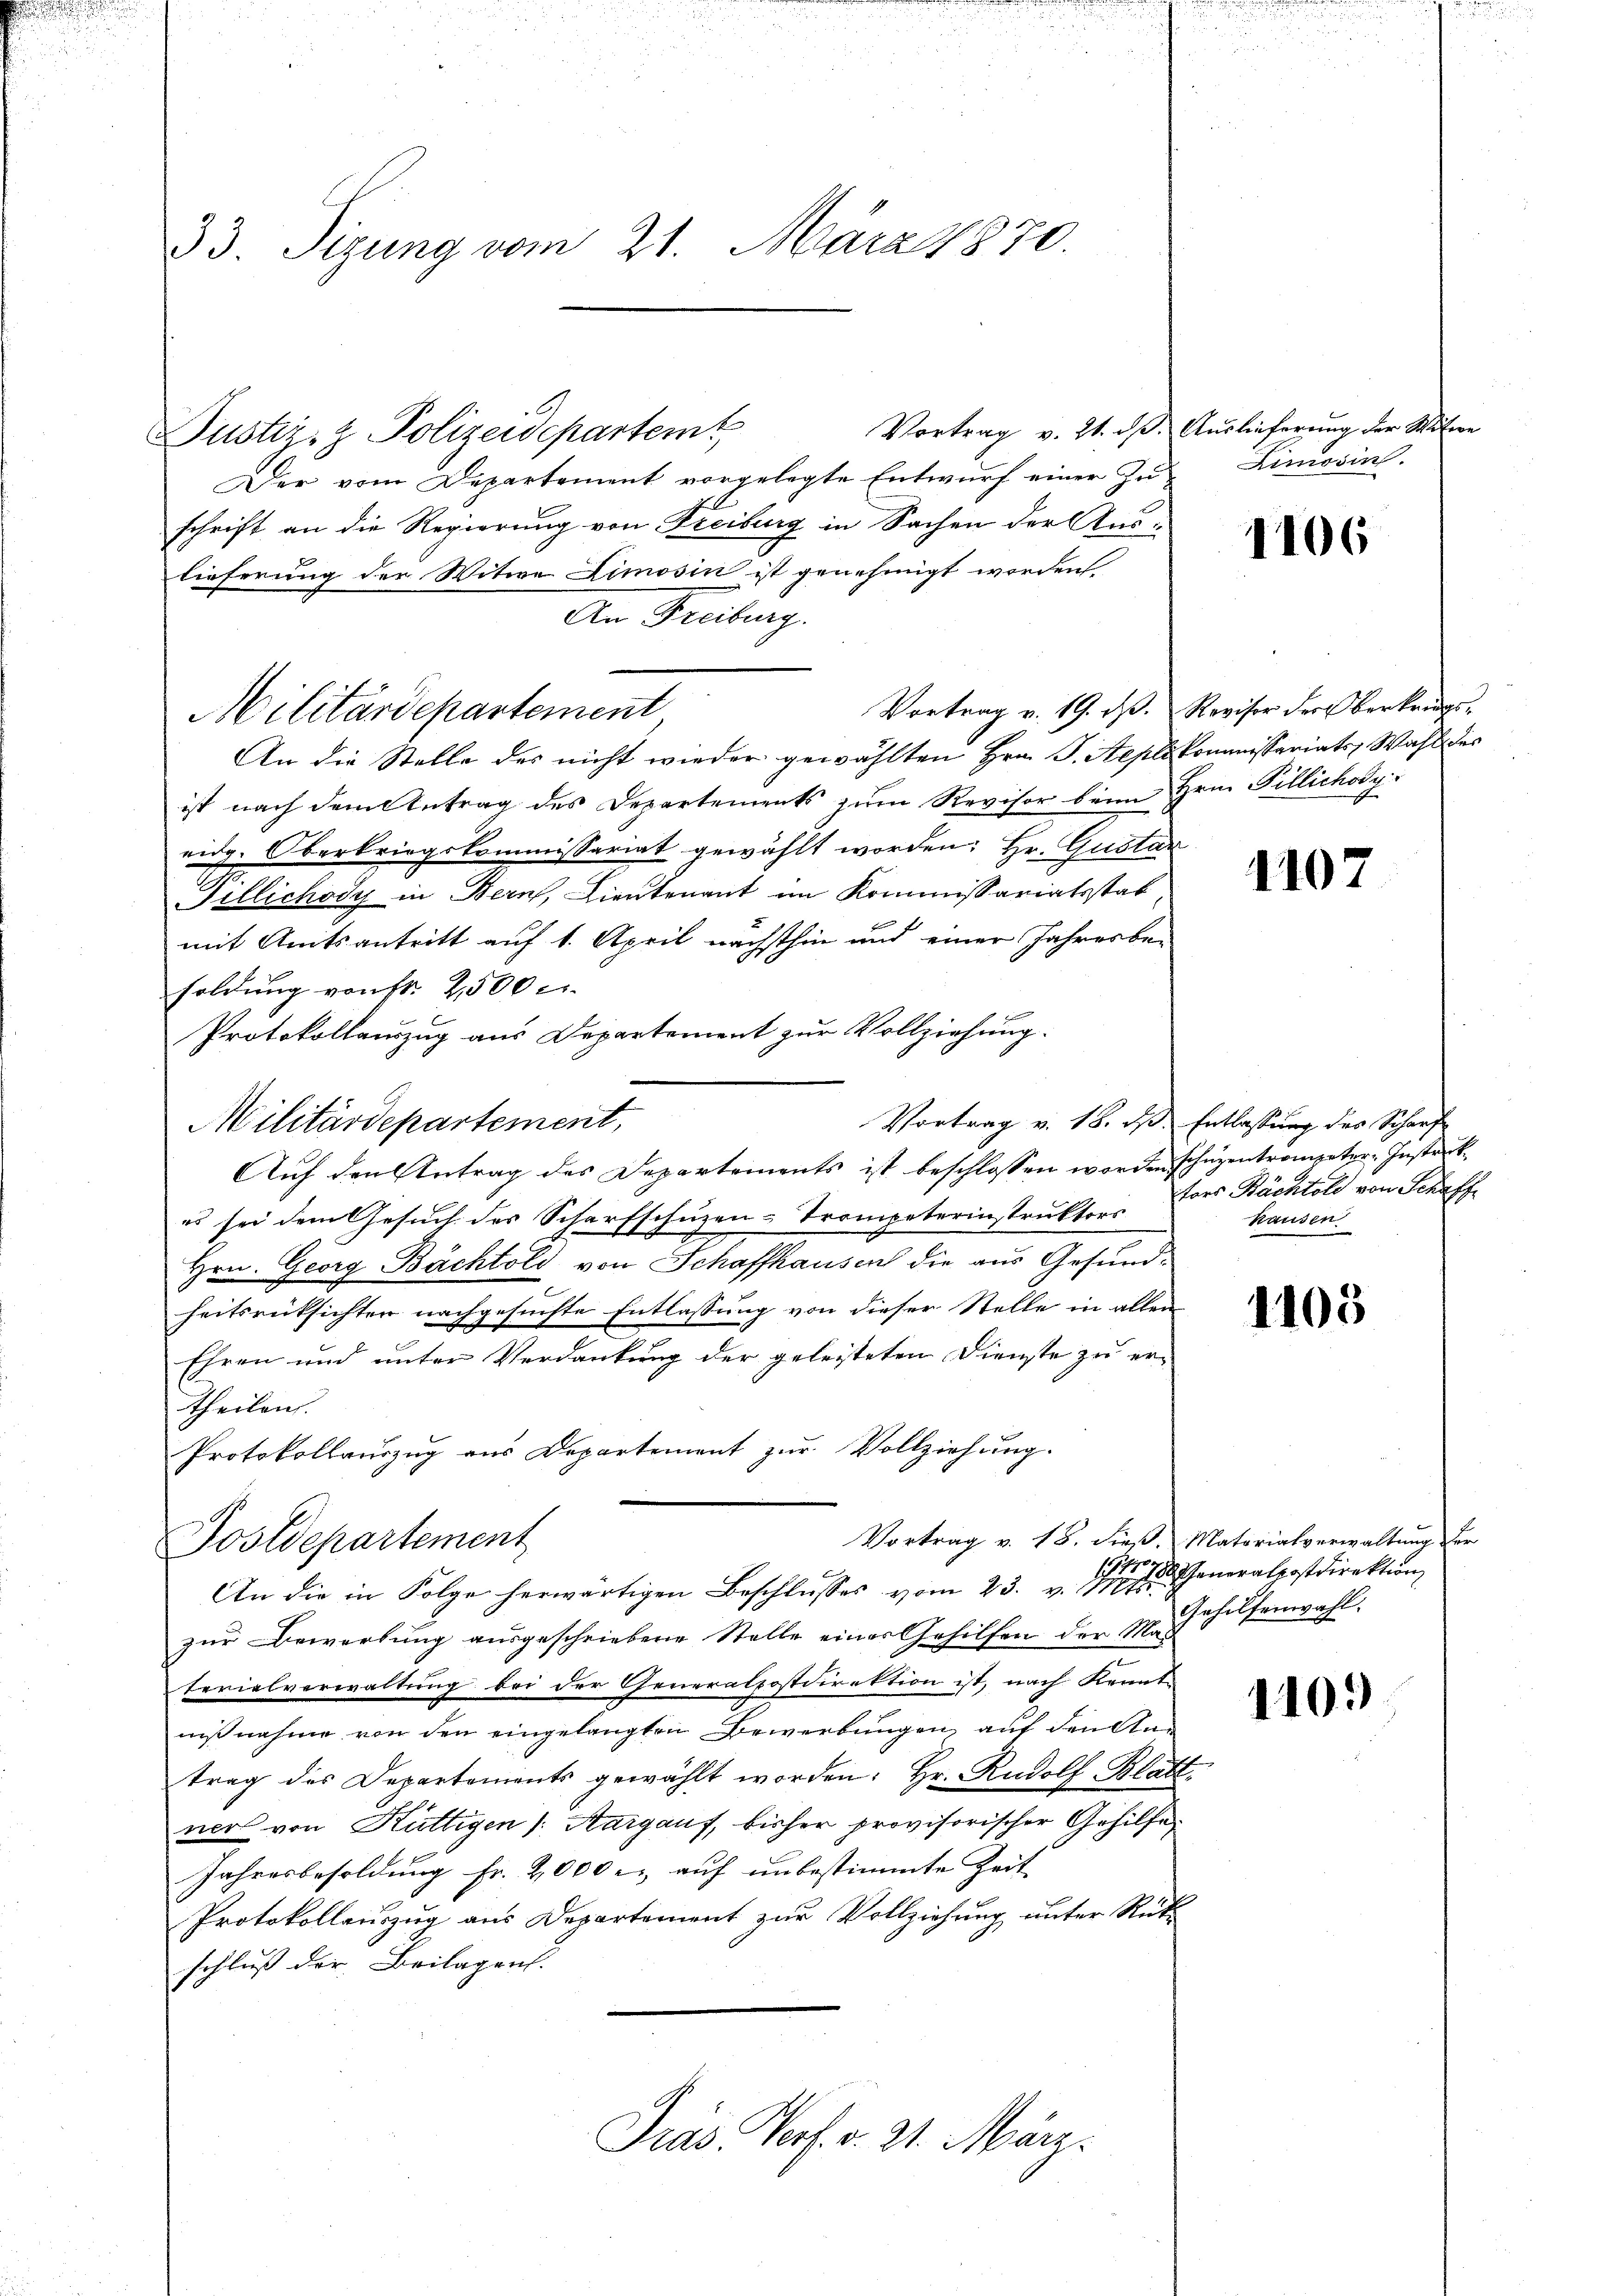
33. Sizung vom 21. März 1870.

Justiz- & Polizeidepartem

Militärdepartement

Militärdepartement,

Der vom Departement vorgelegte Entwurf einer Zu-Limosin.
schrift an die Regierung von Freiburg in Sachen der Aus-
lieferung der Witwe Limosin ist genehmigt worden
An Freiburg.
An die Stelle des nicht wieder gewählten Hrn. J. Septskommnissariats Wahl des
ist nach dem Antrag des Departements zum Revisor beim Hrn. Fillichody
eidg. Oberkriegskommissariat gewählt worden: Hr. Gustar
Pillichody in Bern, Lieutenant im Kommissariatsstab,
mit Amtsantritt auf 1. April nächsthin und einer Jahresbe-
soldung von fr. 2500 c.
Protokollauszug aus Departement zur Vollziehung.
Auf den Antrag des Departements ist beschlossen worden schuzentrompeter Instrukes sei dem Gesuch des Scharfschuzen-Trompeterinstruktors
Hrn. Georg Bächtold von Schaffhausen die aus Gesundheitsrücksichter nachgesuchte Entlassung von dieser Stelle in allen
Ehren und unter Verdankung der geleisteten Dienste zu ertheilen.
Protokollauszug aus Departement zur Vollziehung.
Vortrag v. 18. dieß, Materialverwaltung der
Postdepartement
1814
An die in Folge herwärtigen Beschlŭsses vom 23. v. M. Generalpostdirektion
zur Bewerbung ausgeschriebene Stelle einer Gehilfen der M. Gehilfenwahl.
terialverwaltung bei der Generalpostdirektion ist, nach Kenntnißnahme von den eingelangten Bewerbungen, auf den Antrag des Departements gewählt worden. Hr. Rudolf Blatt
ner von Küttigen /: Aargauf, bisher provisorischer Gehilfe
Jahresbesoldung Fr. 2,000 e. auf unbestimmte Zeit
Protokollauszug aus Departement zur Vollziehung unter Rück
schluß der Beilagen.

Präs. Porf. v. 21. März.

Vortrag v. 21. d. Auslieferung der Witwe

1106

Vortrag v. 19. ds. Revisor der Oberkendes¬

1107

Vortrag v. 18. ds. Entlassung des Scharf
tors Bächtold von Schaff
hausen

1103

110.